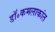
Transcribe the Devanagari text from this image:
डॉ॰कमलाकांत